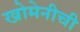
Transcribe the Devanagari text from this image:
खोमेनीची